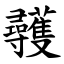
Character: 彠